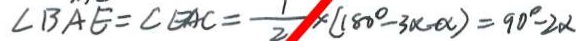
\angle B A E = \angle E A C = \frac { 1 } { 2 } \times ( 1 8 0 ^ { \circ } - 3 \alpha - \alpha ) = 9 0 ^ { \circ } - 2 \alpha